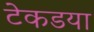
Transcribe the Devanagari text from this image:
टेकडया